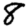
Digit: 8